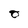
Character: O